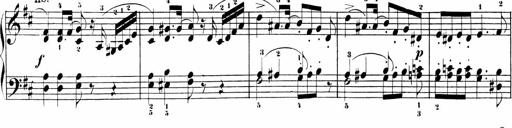
Title: Sonatinas
Composer: Andrew Violette